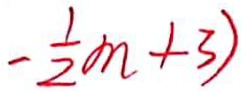
- \frac { 1 } { 2 } m + 3 )